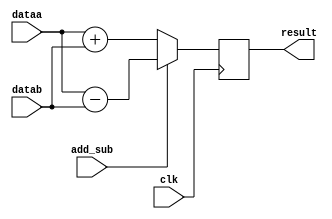
module addsub
(
	input [8:0] dataa,
	input [8:0] datab,
	input add_sub,	  // if this is 0, add; if 1, subtract
	input clk,
	output reg [8:0] result
);

	always @ (posedge clk)
	begin
		if (add_sub)
			result <= dataa - datab;
		else
			result <= dataa + datab;
	end

endmodule